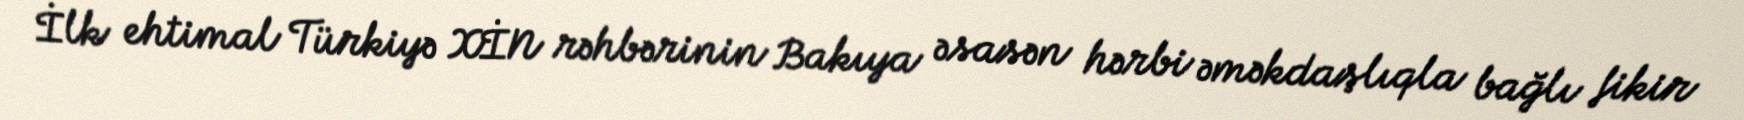
İlk ehtimal Türkiyə XİN rəhbərinin Bakıya əsasən hərbi əməkdaşlıqla bağlı fikir